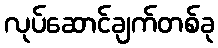
လုပ်ဆောင်ချက်တစ်ခု